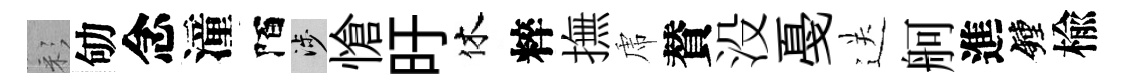
彩劬念潼陌涉愴旴休粹撫虎賛没戞送舸進鐘楡